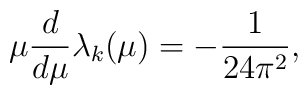
\mu{d\over d\mu}\lambda_k(\mu) = -{1\over 24\pi^2},